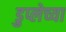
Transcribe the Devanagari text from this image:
डुप्लेच्या